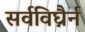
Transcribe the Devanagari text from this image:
सर्वविघ्नैर्न